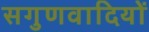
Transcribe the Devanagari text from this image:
सगुणवादियों